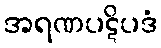
အရဏပဋိပဒံ